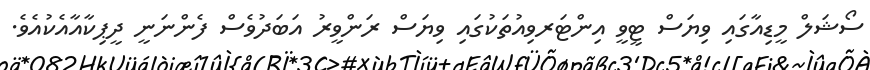
ސޯޝަލް މީޑިއާގައި ވިޔަސް ޓީވީ އިންޓަރވިއުތަކުގައި ވިޔަސް ރަންވީރު އަބަދުވެސް ފެންނަނީ ދީޕިކާއާއެކުއެވެ.